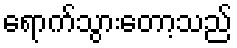
ရောက်သွားတော့သည်